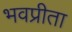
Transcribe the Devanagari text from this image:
भवप्रीता